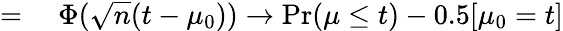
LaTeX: \begin{array}{rl}{={}}&{{}\Phi({\sqrt{n}}(t-\mu_{0}))\rightarrow\operatorname*{Pr}(\mu\leq t)-0.5[\mu_{0}=t]}\end{array}